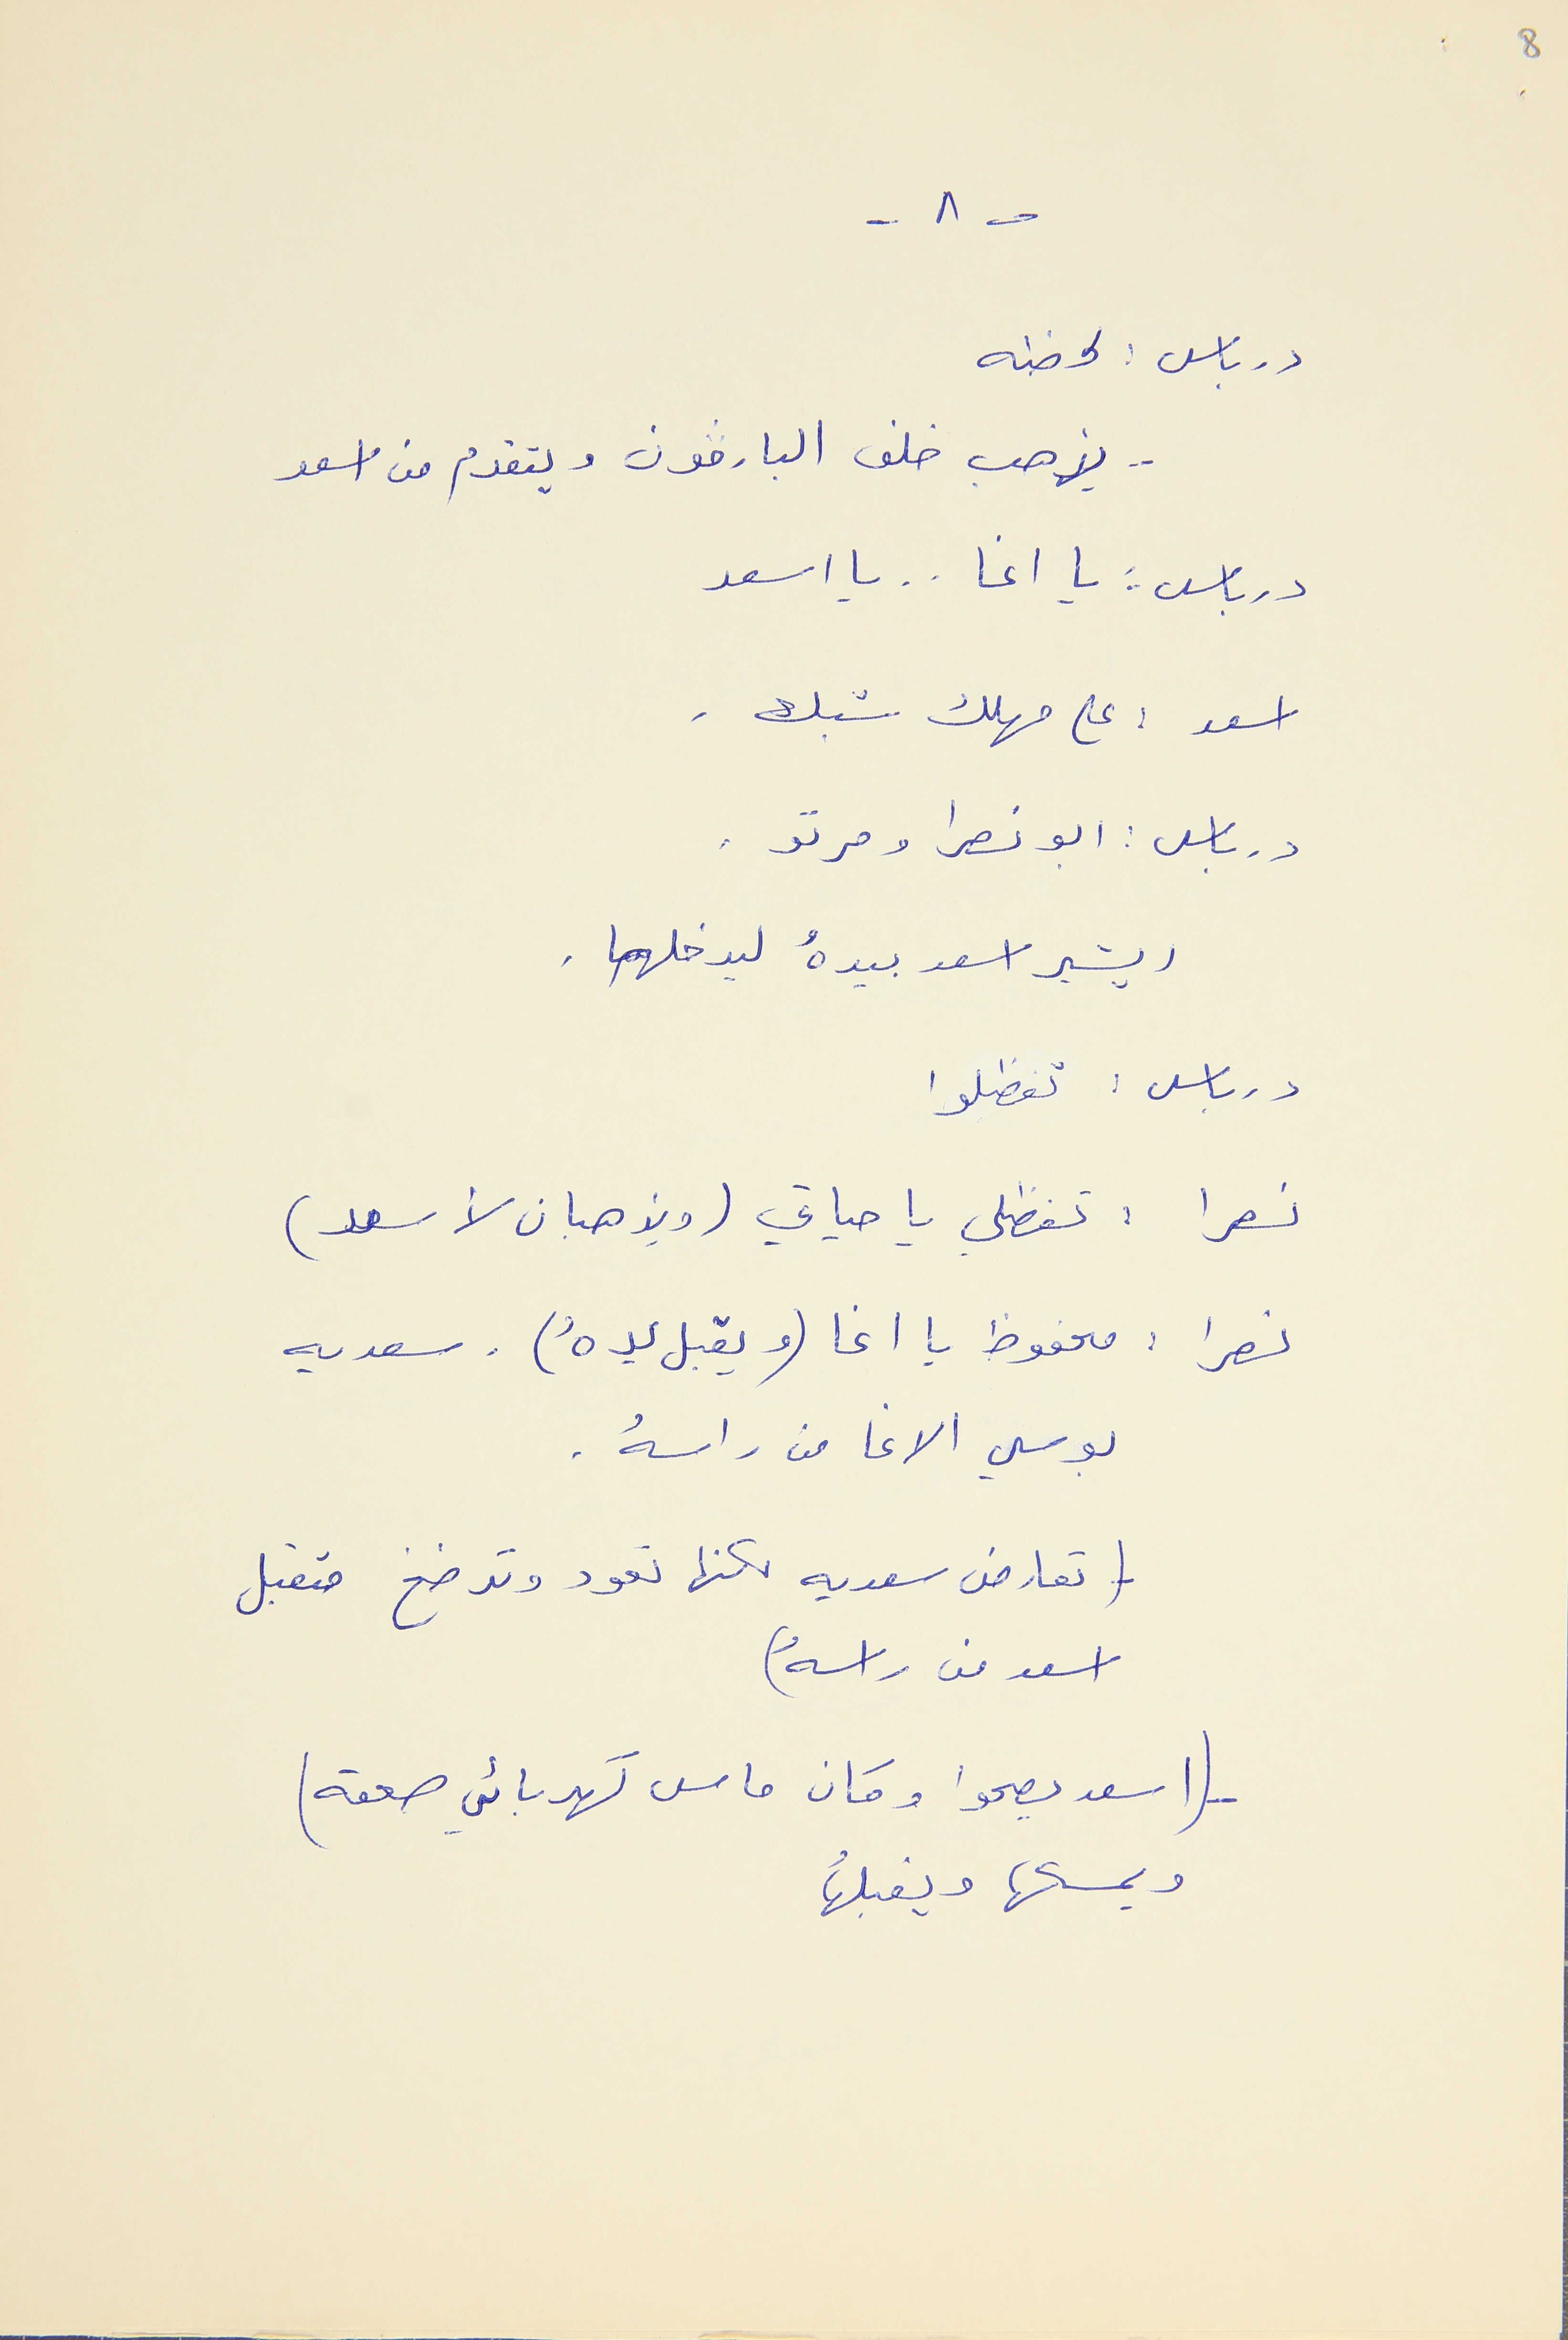
8
- ٨ -
درباس : لحظه
- يذهب خلف البارﭬون ويتقدم من اسعد
درباس : يا اغا . . يا اسعد
اسعد : على مهلك شبك .
درباس : ابو نصرا ومرتو  .
ويشير اسعد بيدهُ ليدخلهما .
درباس : تفظلوا
نصرا : تفظلي يا حياتي (ويذهبان لأسعد)
نصرا : محفوظ يا اغا (ويقبل يدهُ). سعديه
بوسي الاغا من راسهُ .
- (تعارض سعديه لكنها تعود وترضخ وتقبل
اسعد من راسهُ)
(اسعد يصحوا وكان ماس كهربائي صعقه)
ويمسكها ويقبلُها